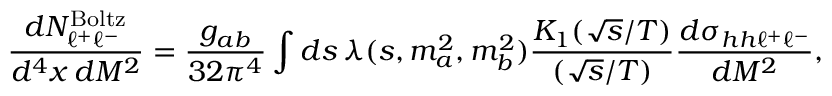
{ \frac { d N _ { \ell ^ { + } \ell ^ { - } } ^ { \mathrm { B o l t z } } } { d ^ { 4 } x \, d M ^ { 2 } } } = { \frac { g _ { a b } } { 3 2 \pi ^ { 4 } } } \int d s \, \lambda ( s , m _ { a } ^ { 2 } , m _ { b } ^ { 2 } ) { \frac { K _ { 1 } ( \sqrt { s } / T ) } { ( \sqrt { s } / T ) } } { \frac { d \sigma _ { h h \ell ^ { + } \ell ^ { - } } } { d M ^ { 2 } } } ,